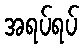
အရပ်ရပ်